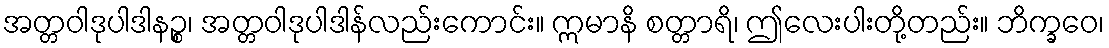
အတ္တဝါဒုပါဒါနဉ္စ၊ အတ္တဝါဒုပါဒါန်လည်းကောင်း။ ဣမာနိ စတ္တာရိ၊ ဤလေးပါးတို့တည်း။ ဘိက္ခဝေ၊